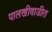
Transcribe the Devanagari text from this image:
पालखीवाडीत